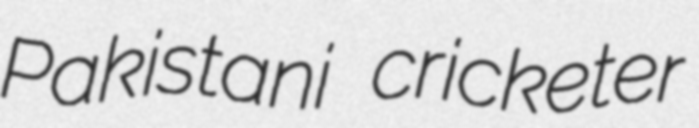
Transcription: Pakistani cricketer